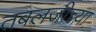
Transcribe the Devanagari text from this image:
तबलजीच्या